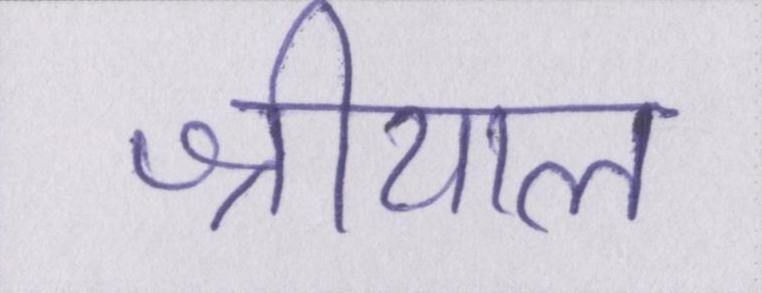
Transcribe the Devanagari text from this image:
श्रीयाल